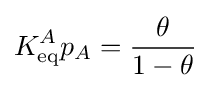
K_{\text{eq}}^{A}p_{A}={\frac {\theta }{1-\theta }}